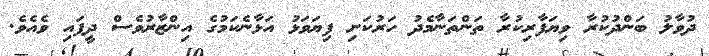
ދުވާލު ބަންދުކުރާ ވިޔަފާރިކުރާ ތަންތަނާމެދު ހަރުކަށި ފިޔަވަޅު އަޅާނެކަމުގެ އިންޒާރުވެސް ދީފައި ވެއެވެ.